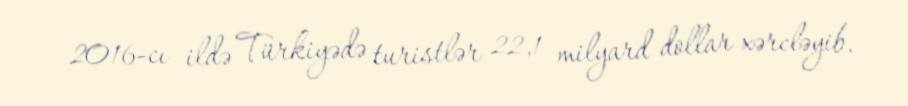
2016-cı ildə Türkiyədə turistlər 22,1 milyard dollar xərcləyib.